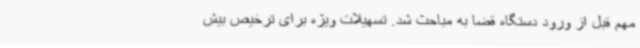
مهم قبل از ورود دستگاه قضا به مباحث شد. تسهیلات ویژه برای ترخیص بیش